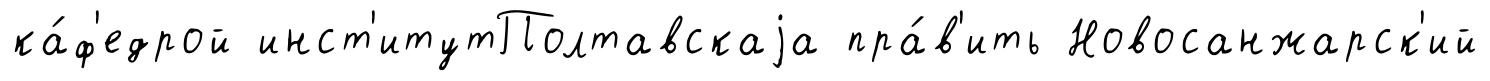
ка́ф'едрой инст'итутПолтавскаjа пра́в'ить Новосанжарск'ий